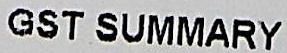
GST SUMMARY